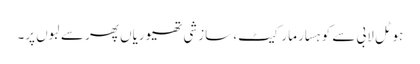
ہوٹل لابی سے کوہسار مارکیٹ، سازشی تھیوریاں پھر سے لبوں پر۔